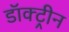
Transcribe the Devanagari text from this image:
डॉक्ट्रीन